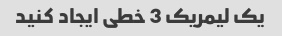
یک لیمریک 3 خطی ایجاد کنید